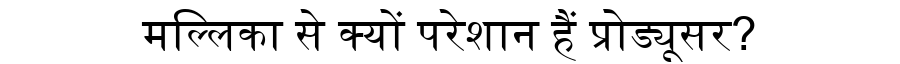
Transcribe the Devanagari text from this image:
मल्लिका से क्यों परेशान हैं प्रोड्यूसर?